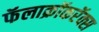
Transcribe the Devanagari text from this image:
फॅलाक्रॉकरॅक्स